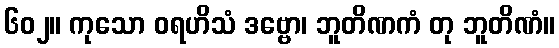
၆၀၂။ ကုသော ဝရဟိသံ ဒဗ္ဗော၊ ဘူတိဏကံ တု ဘူတိဏံ။